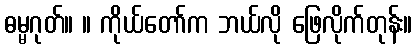
ဓမ္မဂုတ်။ ။ ကိုယ်တော်က ဘယ်လို ဖြေလိုက်တုန်း။